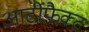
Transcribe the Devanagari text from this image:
आर्टीफैक्ट